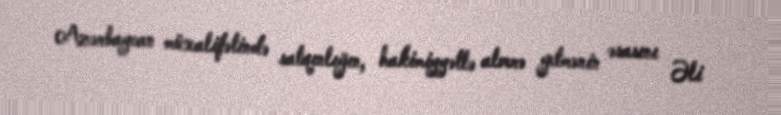
Azərbaycan müxalifətində satqınlığın, hakimiyyətlə alverə getmənin əsasını Əli